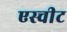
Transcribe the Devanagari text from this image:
एस्चीट